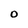
Character: O